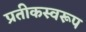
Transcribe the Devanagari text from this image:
प्रतीकस्वरूप